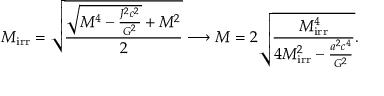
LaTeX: M _ { \mathrm { { i r r } } } = { \sqrt { \frac { { \sqrt { M ^ { 4 } - { \frac { J ^ { 2 } c ^ { 2 } } { G ^ { 2 } } } } } + M ^ { 2 } } { 2 } } } \longrightarrow M = 2 { \sqrt { \frac { M _ { \mathrm { { i r r } } } ^ { 4 } } { 4 M _ { \mathrm { { i r r } } } ^ { 2 } - { \frac { a ^ { 2 } c ^ { 4 } } { G ^ { 2 } } } } } } .